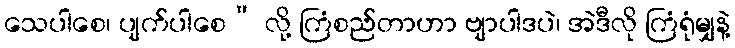
သေပါစေ၊ ပျက်ပါစေ” လို့ ကြံစည်တာဟာ ဗျာပါဒပဲ၊ အဲဒီလို ကြံရုံမျှနဲ့